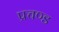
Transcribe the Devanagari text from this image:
प्रचण्‍ड